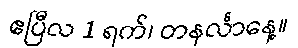
ဧပြီလ 1 ရက်၊ တနင်္လာနေ့။